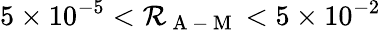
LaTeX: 5\times10^{-5}<\mathcal{R}_{\mathrm{{~A~-~M~}}}<5\times10^{-2}